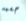
جسمه